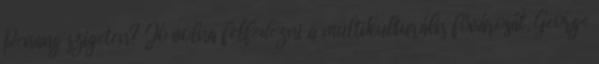
Penang szigeten? Jó volna felfedezni a multikulturális fővárosát, George